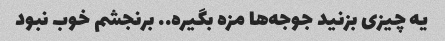
یه چیزی بزنید جوجه‌ها مزه بگیره.. برنجشم خوب نبود